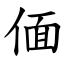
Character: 偭